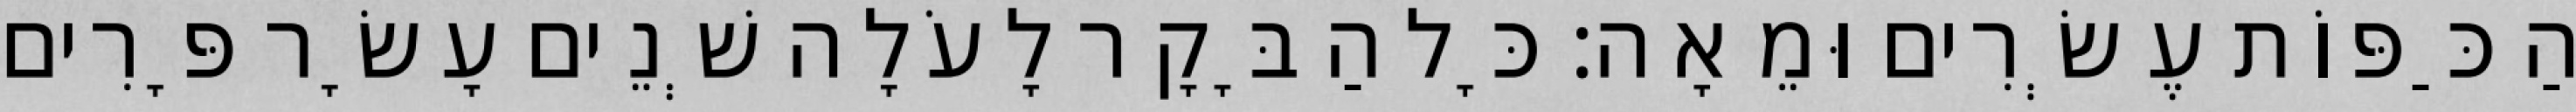
הַכַּפּוֹת עֶשְׂרִים וּמֵאָה׃ כָּל הַבָּקָר לָעֹלָה שְׁנֵים עָשָׂר פָּרִים